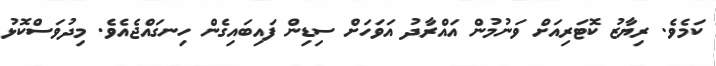
ކަމެވެ. ރިޔާޒު ކޮޓަރިއަށް ވަނުމުން އައްރާދު އަވަހަށް ސިޑިން ފައިބައިގެން ހިނގައްޖެއެެވެ. މިދުވަސްކޮޅު